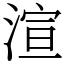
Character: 渲